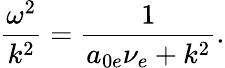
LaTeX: \frac{\omega^{2}}{k^{2}}=\frac{1}{a_{0e}\nu_{e}+k^{2}}.